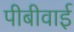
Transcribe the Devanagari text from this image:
पीबीवाई